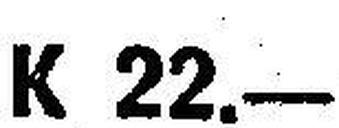
K 22.—